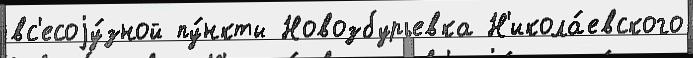
вс'есоjу́зной пу́нкты Новозбурьевка Н'икола́евского